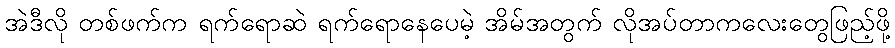
အဲဒီလို တစ်ဖက်က ရက်ရောဆဲ ရက်ရောနေပေမဲ့ အိမ်အတွက် လိုအပ်တာကလေးတွေဖြည့်ဖို့